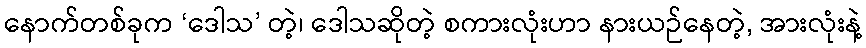
နောက်တစ်ခုက ‘ဒေါသ’ တဲ့၊ ဒေါသဆိုတဲ့ စကားလုံးဟာ နားယဉ်နေတဲ့, အားလုံးနဲ့